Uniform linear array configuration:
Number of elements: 12
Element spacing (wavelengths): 0.75
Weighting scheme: blackman
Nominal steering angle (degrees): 45
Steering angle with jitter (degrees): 46.126
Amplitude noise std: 0.05
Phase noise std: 0.05

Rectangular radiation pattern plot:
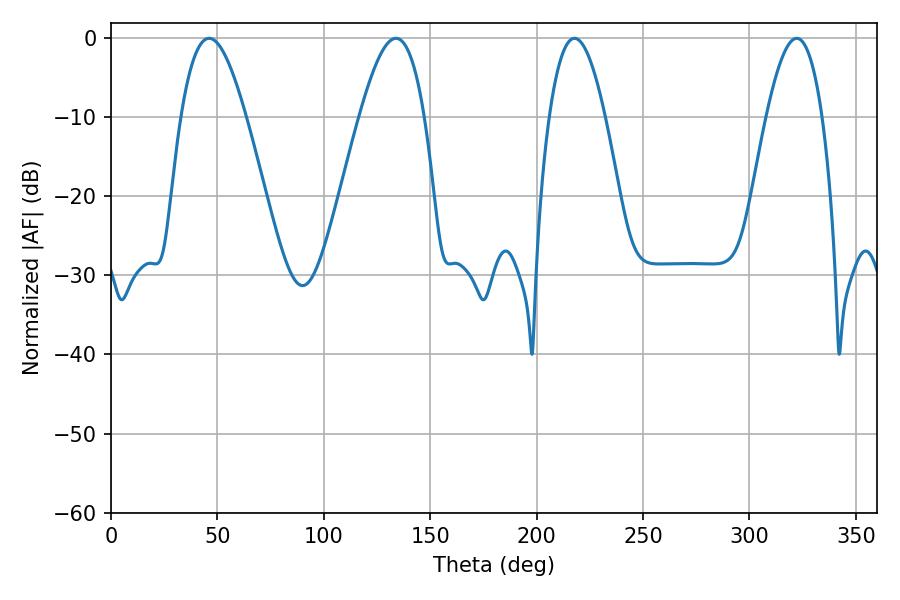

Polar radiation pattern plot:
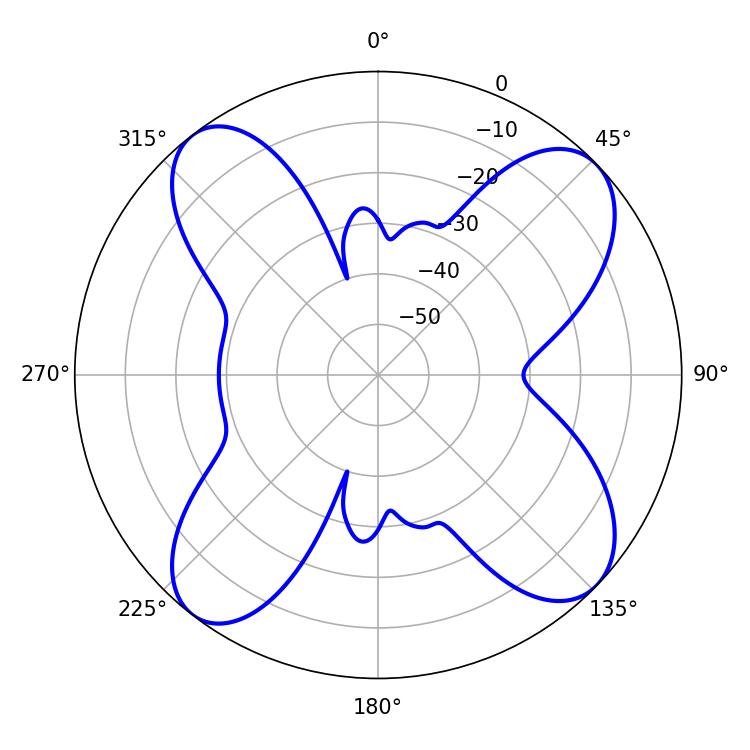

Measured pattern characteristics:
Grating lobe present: TRUE
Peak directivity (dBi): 12.167
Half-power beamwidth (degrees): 14.4
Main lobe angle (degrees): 217.8